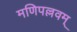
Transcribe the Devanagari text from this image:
मणिपल्लवम्